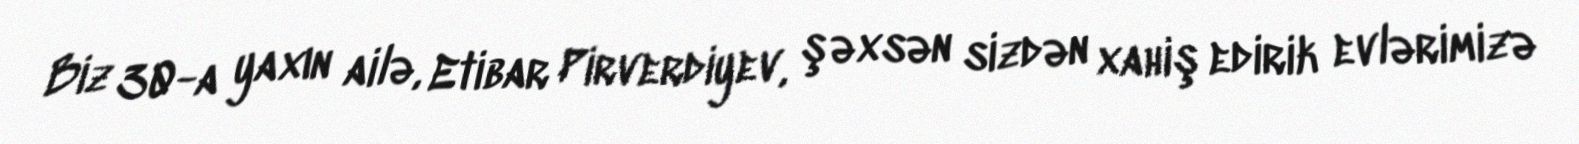
Biz 30-a yaxın ailə, Etibar Pirverdiyev, şəxsən sizdən xahiş edirik evlərimizə